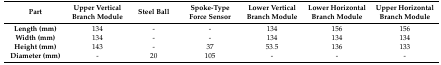
<table><thead><tr><td><b>Part</b></td><td><b>Upper Vertical Branch Module</b></td><td><b>Steel Ball</b></td><td><b>Spoke-Type Force Sensor</b></td><td><b>Lower Vertical Branch Module</b></td><td><b>Lower Horizontal Branch Module</b></td><td><b>Upper Horizontal Branch Module</b></td></tr></thead><tbody><tr><td><b>Length (mm)</b></td><td>134</td><td>-</td><td>-</td><td>134</td><td>156</td><td>156</td></tr><tr><td><b>Width (mm)</b></td><td>134</td><td>-</td><td>-</td><td>134</td><td>134</td><td>134</td></tr><tr><td><b>Height (mm)</b></td><td>143</td><td>-</td><td>37</td><td>53.5</td><td>136</td><td>133</td></tr><tr><td><b>Diameter (mm)</b></td><td>-</td><td>20</td><td>105</td><td>-</td><td>-</td><td>-</td></tr></tbody></table>